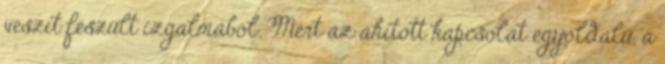
veszít feszült izgalmából. Mert az áhított kapcsolat egyoldalú, a